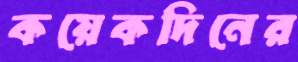
কয়েকদিনের